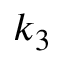
k _ { 3 }